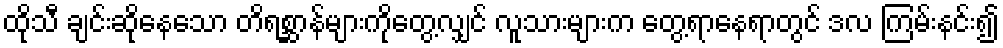
ထိုသီ ချင်းဆိုနေသော တိရစ္ဆာန်များကိုတွေ့လျှင် လူသားများက တွေ့ရာနေရာတွင် ဒလ ကြမ်းနင်း၍